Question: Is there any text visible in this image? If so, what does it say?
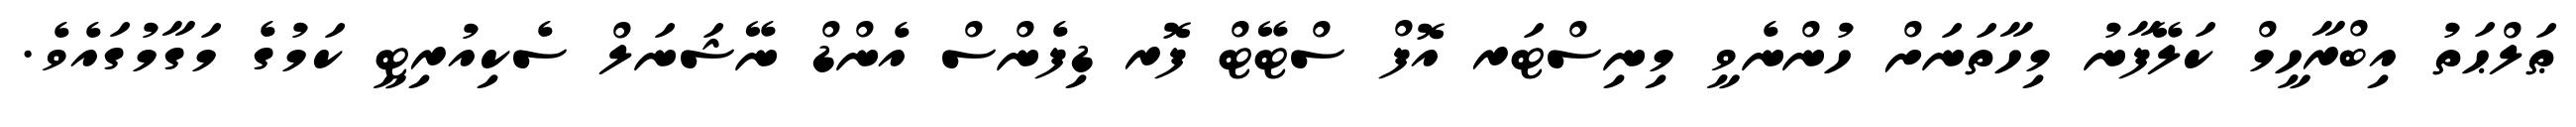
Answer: ޠަލްޙަތު އިބްރާހީމް ކަލޭފާނު މިހާތަނަށް ހުންނެވީ މިނިސްޓަރ އޮފް ސްޓޭޓް ފޮރ ޑިފެންސް އެންޑް ނޭޝަނަލް ސެކިއުރިޓީ ކަމުގެ މަގާމުގައެވެ.